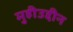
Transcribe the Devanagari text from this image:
मुहीउद्दीन